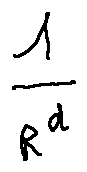
\frac { 1 } { r ^ { d } }